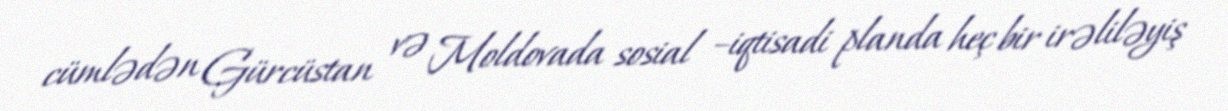
cümlədən Gürcüstan və Moldovada sosial –iqtisadi planda heç bir irəliləyiş